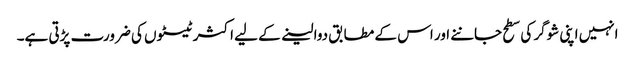
انہیں اپنی شوگر کی سطح جاننے اور اس کے مطابق دوا لینے کے لیے اکثر ٹیسٹوں کی ضرورت پڑتی ہے۔